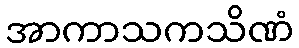
အာကာသကသိဏံ